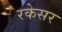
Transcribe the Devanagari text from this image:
रकेसर